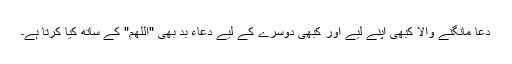
دعا مانگنے والا کبھی اپنے لیے اور کبھی دوسرے کے لیے دعاء بد بھی "اللھم" کے ساتھ کیا کرتا ہے۔